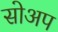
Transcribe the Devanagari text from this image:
सोअप